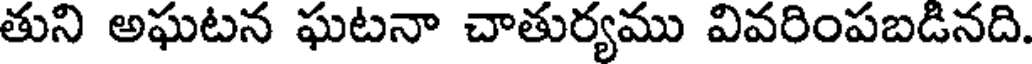
తుని అఘటన ఘటనా చాతుర్యము వివరింపబడినది.